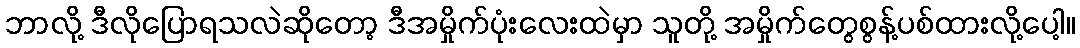
ဘာလို့ ဒီလိုပြောရသလဲဆိုတော့ ဒီအမှိုက်ပုံးလေးထဲမှာ သူတို့ အမှိုက်တွေစွန့်ပစ်ထားလို့ပေါ့။